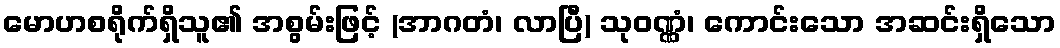
မောဟစရိုက်ရှိသူ၏ အစွမ်းဖြင့် (အာဂတံ၊ လာပြီ) သုဝဏ္ဏံ၊ ကောင်းသော အဆင်းရှိသော